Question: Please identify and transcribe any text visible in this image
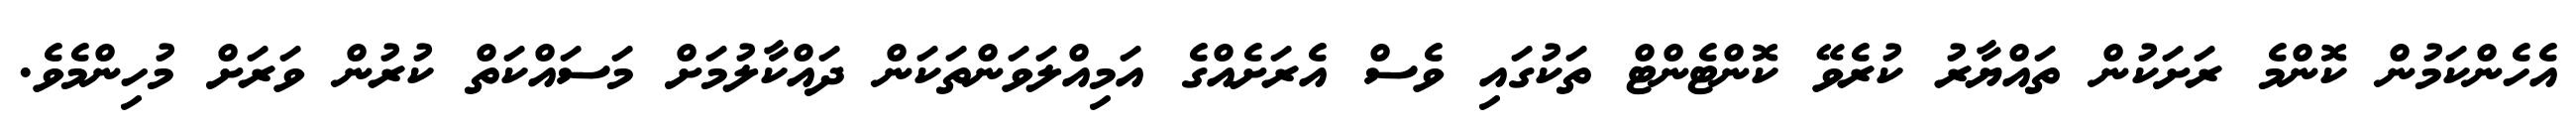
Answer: އެހެންކަމުން ކޮންމެ ރަށަކުން ތައްޔާރު ކުރެވޭ ކޮންޓެންޓް ތަކުގައި ވެސް އެރަށެއްގެ އަމިއްލަވަންތަކަން ދައްކާލުމަށް މަސައްކަތް ކުރުން ވަރަށް މުހިންމެވެ.